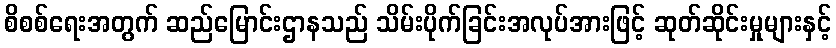
စိစစ်ရေးအတွက် ဆည်မြောင်းဌာနသည် သိမ်းပိုက်ခြင်းအလုပ်အားဖြင့် ဆုတ်ဆိုင်းမှုများနှင့်